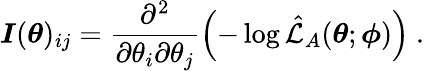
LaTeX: \boldsymbol{I}(\boldsymbol{\theta})_{ij}=\frac{\partial^{2}}{\partial\theta_{i}\partial\theta_{j}}\left(-\log\hat{\mathcal{L}}_{A}(\boldsymbol{\theta};\boldsymbol{\phi})\right)~.